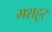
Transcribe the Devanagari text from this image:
मशहूर्